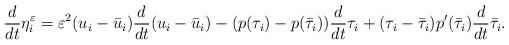
LaTeX: \begin{align*} \dfrac{d}{dt}\eta_i^\varepsilon = \varepsilon^2 (u_i -\bar u_i) \dfrac{d}{dt}(u_i-\bar u_i) -(p(\tau_i) - p(\bar \tau_i))\dfrac{d}{dt} \tau_i + (\tau_i-\bar \tau_i)p'(\bar\tau_i) \dfrac{d}{dt} \bar \tau_i . \end{align*}